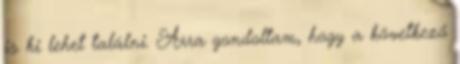
is ki lehet találni. Arra gondoltam, hogy a következő